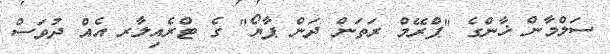
ސަލްމާން ޚާންގެ "ޕްރޭމް ރަތަން ދަން ޕާޔޯ" ގެ ޓްރެއިލާރ އެއް ދުވަސް